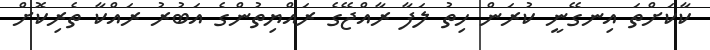
ކާކަށްތަ އިނގޭނީ ކުރަން ހިތު ލަފާ ރާއްޖޭގެ ރައްޔިތުންގެ އަބުރު ރައްކާ ތެރިކޮށް